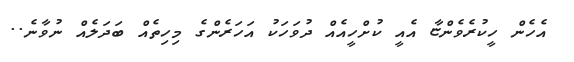
އެހެން ހީކުރެވެންޏާ އެއީ ކުށްހީއެއް ދުވަހަކު އަހަރެންގެ މިހިތެއް ބަދަލެއް ނުވާނެ..